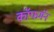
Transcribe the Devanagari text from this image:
कॉफमॅन